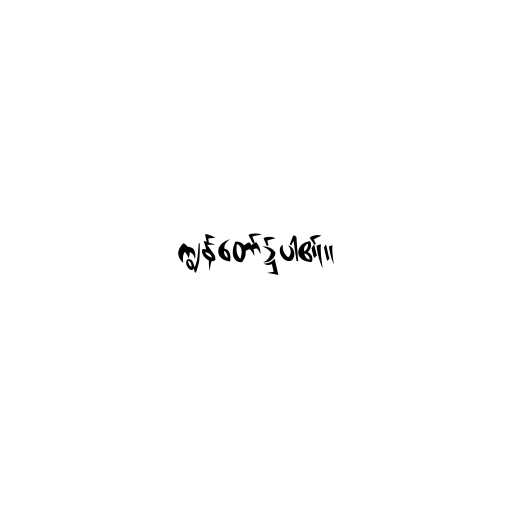
ကျွန်တော်၌ပါ၏။